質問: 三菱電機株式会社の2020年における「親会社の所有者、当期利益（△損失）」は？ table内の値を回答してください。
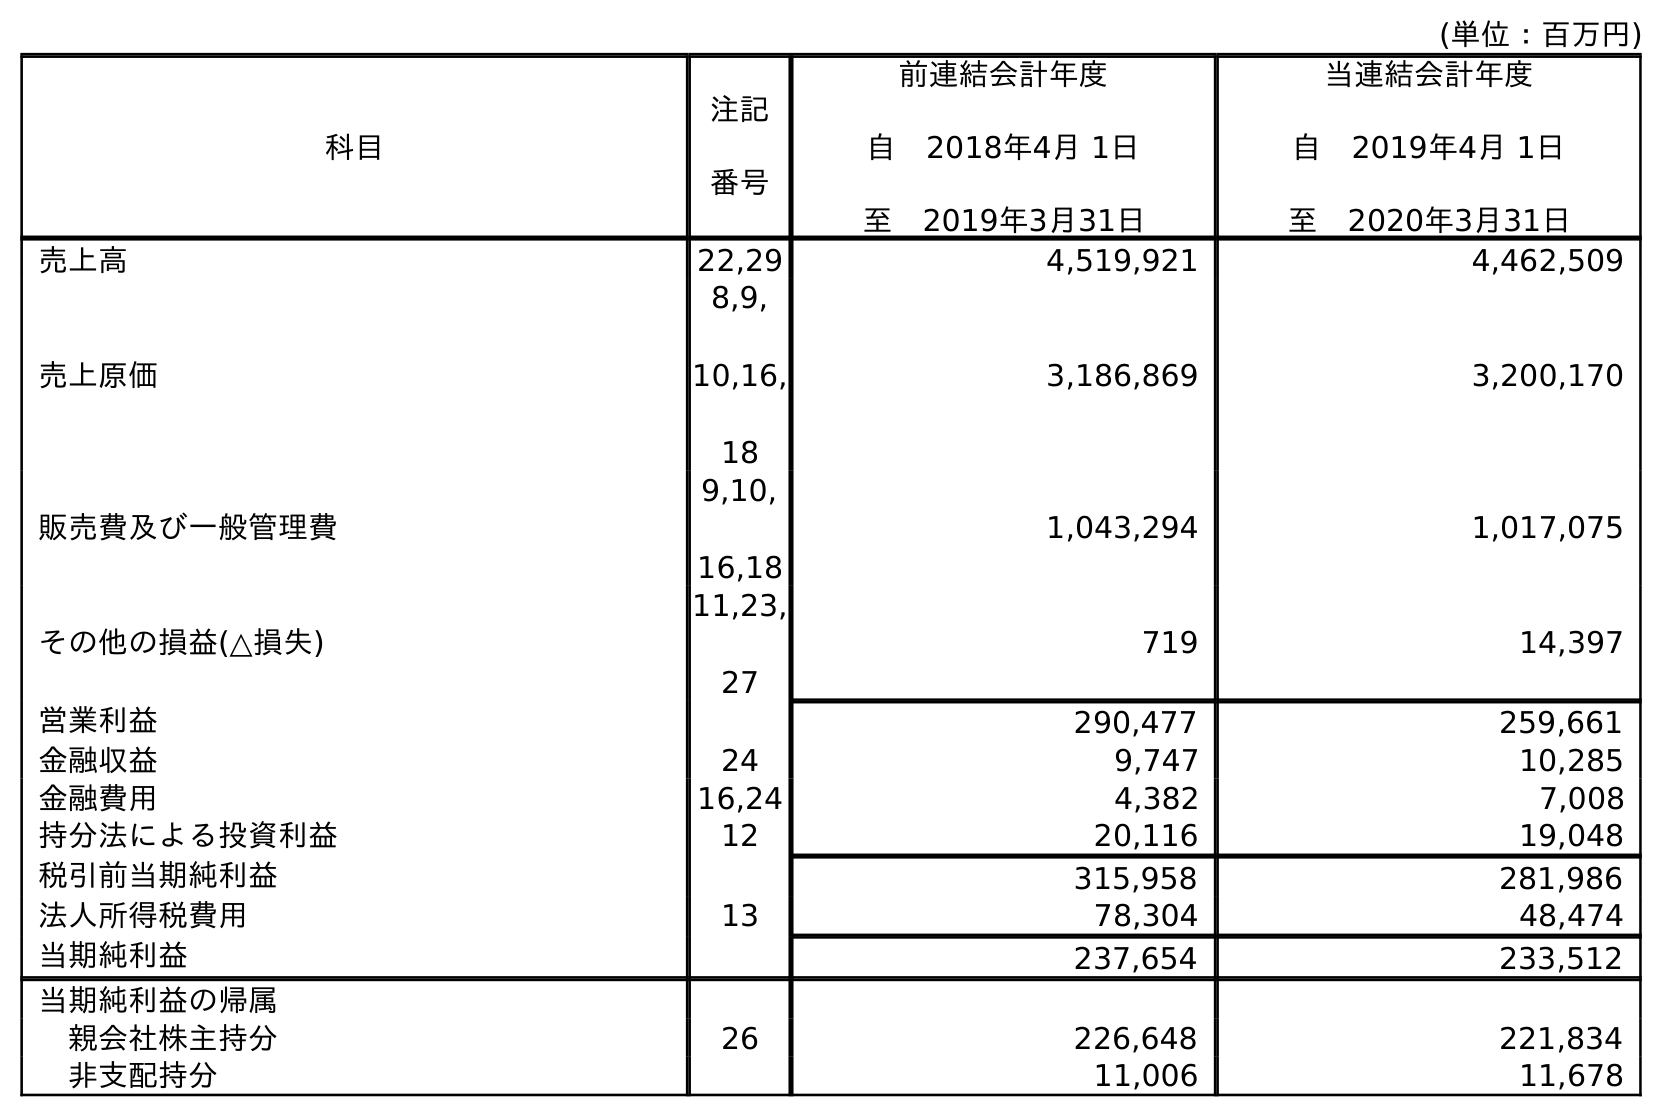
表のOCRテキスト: (単位：百万円) 科目 注記 番号 前連結会計年度 自 2018年4月 1日 至 2019年3月31日 当連結会計年度 自 2019年4月 1日 至 2020年3月31日 売上高 22,29 4,519,921 4,462,509 売上原価 8,9, 10,16, 18 3,186,869 3,200,170 販売費及び一般管理費 9,10, 16,18 1,043,294 1,017,075 その他の損益(△損失) 11,23, 27 719 14,397 営業利益 290,477 259,661 金融収益 24 9,747 10,285 金融費用 16,24 4,382 7,008 持分法による投資利益 12 20,116 19,048 税引前当期純利益 315,958 281,986 法人所得税費用 13 78,304 48,474 当期純利益 237,654 233,512 当期純利益の帰属 親会社株主持分 26 226,648 221,834 非支配持分 11,006 11,678
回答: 221,834